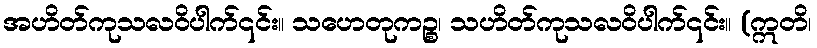
အဟိတ်ကုသလဝိပါက်၎င်း။ သဟေတုကဉ္စ၊ သဟိတ်ကုသလဝိပါက်၎င်း။ (ဣတိ၊